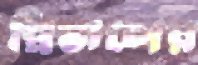
প্রিভালের